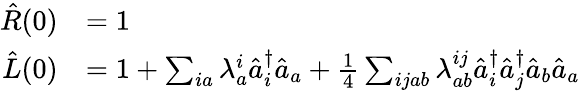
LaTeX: \begin{array}{rl}{\hat{R}(0)}&{=1}\\ {\hat{L}(0)}&{=1+\sum_{ia}\lambda_{a}^{i}\hat{a}_{i}^{\dagger}\hat{a}_{a}+\frac{1}{4}\sum_{ijab}\lambda_{ab}^{ij}\hat{a}_{i}^{\dagger}\hat{a}_{j}^{\dagger}\hat{a}_{b}\hat{a}_{a}}\end{array}